Vaccination in Bombay 1902-1912 - 1902-1912
Year: 1902
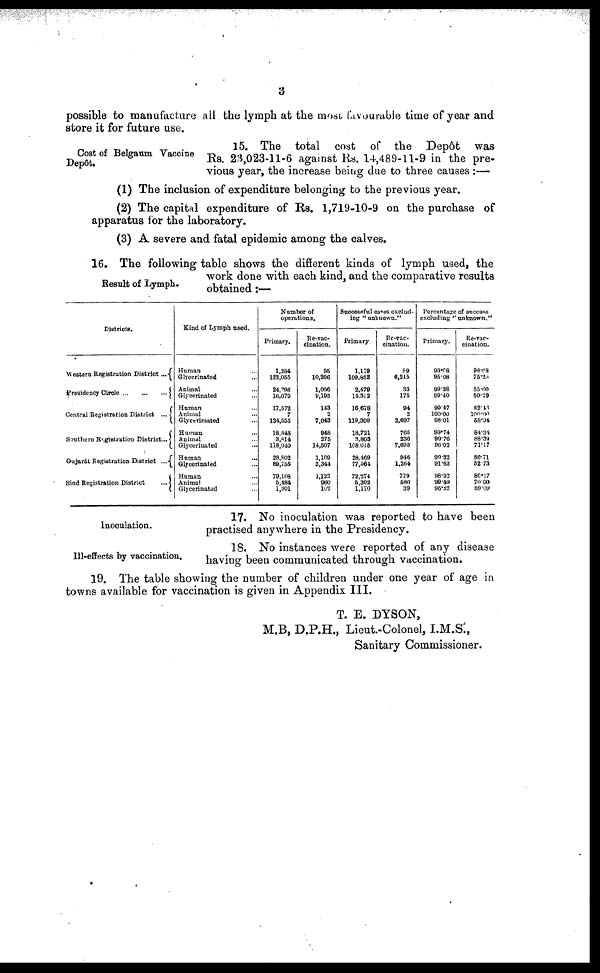
3
possible to manufacture all the lymph at the most favourable time of year and
store it for future use.
Cost of Belgaum Vaccine
Depôt.
15. The total cost of the Depôt was
Rs. 23,023-11-6 against Rs. 14,489-11-9 in the pre-
vious year, the increase being due to three causes:—
(1) The inclusion of expenditure belonging to the previous year.
(2) The capital expenditure of Rs. 1,719-10-9 on the purchase of
apparatus for the laboratory.
(3) A severe and fatal epidemic among the calves.
Result of Lymph.
16. The following table shows the different kinds of lymph used, the
work done with each kind, and the comparative results
obtained:—
Districts.
Western Registration District ...
Presidency Circle
...
...
...
Central Registration District ...
Southern Registration District...
Gujarat Registration District
...
Bind Registration District
...
Kind of Lymph used.
Human ...
Glycerinated ...
Animal ...
Glycerinated ...
Human ...
Animal ...
Glycerimated ...
Human ...
Animal ...
Glycerinated ...
Human ...
Glycerinated ...
Human ...
Animal ...
Glycerinated ...
Number of
operations.
Primary.
1,284
123,055
24,298
16,070
17,572
7
134,555
18,848
3,814
118,040
28,802
89,755
79,108
5,484
1,301
Re-vac-
cination.
95
10,206
1,006
9,195
143
2
7,043
948
275
14,507
1,109
3,344
1,122
960
102
Successful cases exclud-
ing " unknown."
Primary.
1,179
109,852
2,479
14,352
16,678
7
119,309
18,721
3,803
108,015
28,469
77,564
72,274
5,302
1,170
Re-vac-
cination.
89
6,215
33
175
94
2
2,697
765
236
7,698
946
1,264
779
580
39
Percentage of success
excluding "unknown."
Primary.
99.08
95.08
99.38
99.40
99.47
100.00
98.01
99.74
99.73
96.03
99.32
91.63
98.92
99.49
95.82
Re-vac-
cination.
98.68
75.25
55.00
50.29
82.43
100.00
58.94
84.34
88.39
71.17
86.71
52.73
86.17
70.90
59.09
Inoculation.
17. No inoculation was reported to have been
practised anywhere in the Presidency.
Ill-effects by vaccination.
18. No instances were reported of any disease
having been communicated through vaccination.
19. The table showing the number of children under one year of age in
towns available for vaccination is given in Appendix III.
T. E. DYSON,
M.B, D.P.H., Lieut.-Colonel, I.M.S.,
Sanitary Commissioner.